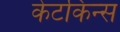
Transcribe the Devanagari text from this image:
केटकिन्स